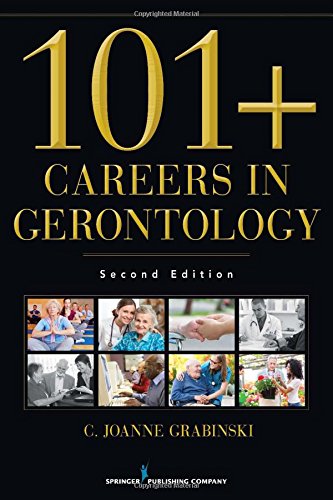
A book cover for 101+ Careers in Gerontology, Second Edition; C. Joanne Grabinski MA  ABD  FAGHE; Politics & Social Sciences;